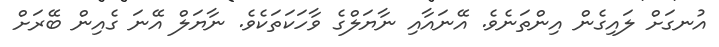
އުނގަށް ލައިގެން އިންތަނެވެ. އޭނައާއި ނާޔަލްގެ ވާހަކަތަކެވެ. ނާޔަލް އޭނަ ގެއިން ބޭރަށް